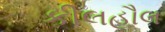
કીલહૌલ